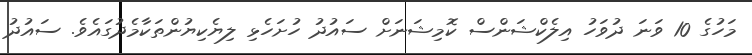
މަހުގެ 10 ވަނަ ދުވަހު އިލެކްޝަންސް ކޮމިޝަނަށް ސައުދު ހުށަހެޅި ލިޔެކިޔުންތަކާމެދުގައެވެ. ސައުދު